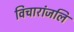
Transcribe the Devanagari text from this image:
विचारांजलि